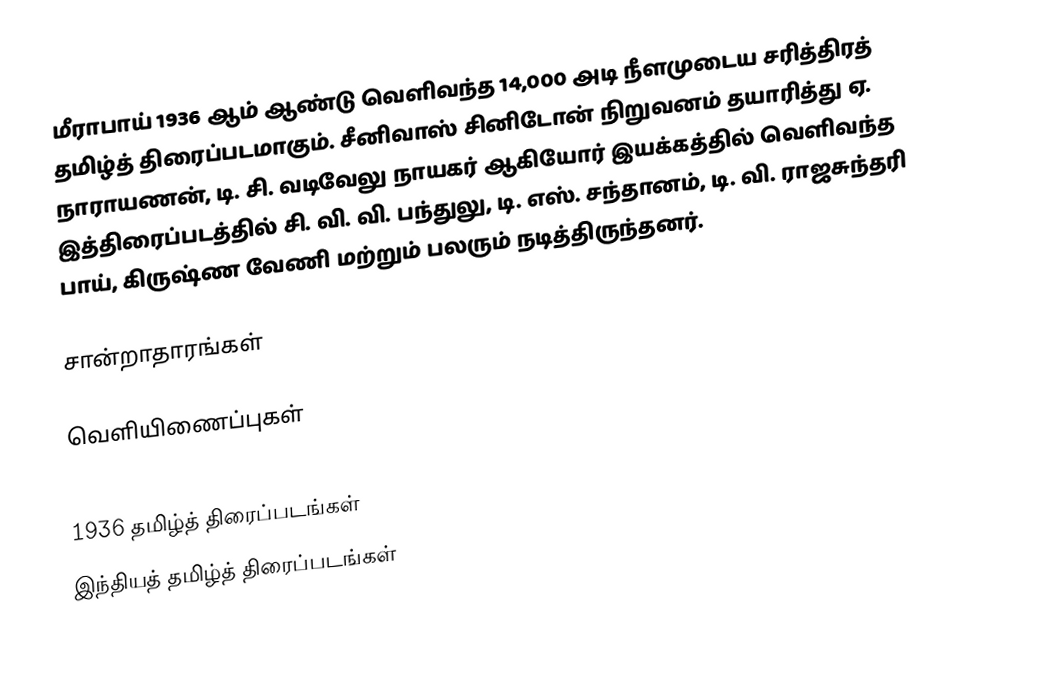
மீராபாய் 1936 ஆம் ஆண்டு வெளிவந்த 14,000 அடி நீளமுடைய சரித்திரத் தமிழ்த் திரைப்படமாகும். சீனிவாஸ் சினிடோன் நிறுவனம் தயாரித்து ஏ. நாராயணன், டி. சி. வடிவேலு நாயகர் ஆகியோர் இயக்கத்தில் வெளிவந்த இத்திரைப்படத்தில் சி. வி. வி. பந்துலு, டி. எஸ். சந்தானம், டி. வி. ராஜசுந்தரி பாய், கிருஷ்ண வேணி  மற்றும் பலரும் நடித்திருந்தனர்.

சான்றாதாரங்கள்

வெளியிணைப்புகள்

1936 தமிழ்த் திரைப்படங்கள்
இந்தியத் தமிழ்த் திரைப்படங்கள்